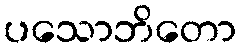
ပသောဘိတော